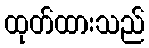
ထုတ်ထားသည်